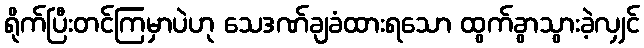
ရိုက်ပြီးတင်ကြမှာပဲဟု သေဒဏ်ချခံထားရသော ထွက်ခွာသွားခဲ့လျှင်